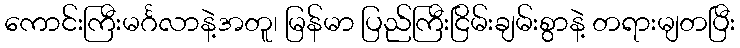
ကောင်းကြီးမင်္ဂလာနဲ့အတူ၊ မြန်မာ ပြည်ကြီးငြိမ်းချမ်းစွာနဲ့ တရားမျတပြီး